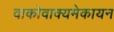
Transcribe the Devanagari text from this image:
वाकोवाक्यमेकायन